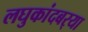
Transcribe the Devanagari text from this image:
लघुकांदबर्‍या